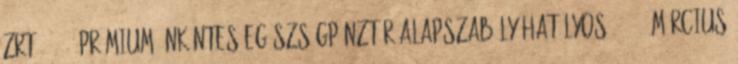
Zrt. 2010. PRÉMIUM ÖNKÉNTES EGÉSZSÉGPÉNZTÁR ALAPSZABÁLY Hatályos: 2014. március